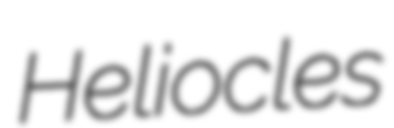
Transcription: Heliocles